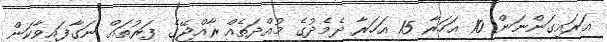
އަރައިގަންނަން 10 އަހަރާ 15 އަހަރާ ދެމެދުގެ މުއްދަތެއް ރާއްޖޭގެ ފަރުތައް ނަގާފައިވާކަން